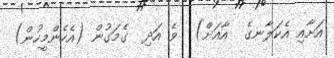
އަށާއި އެކަލާނގެ  އާއަށް)  ވެ އަދި  ގެމަގުން (އެހެންމީހުން)